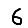
Digit: 6